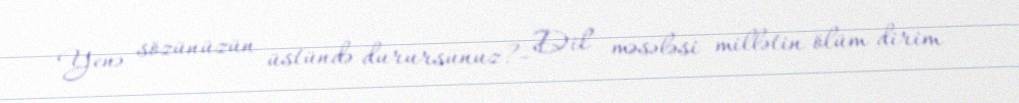
Yenə sözünüzün üstündə durursunuz?- Dil məsələsi millətin ölüm-dirim